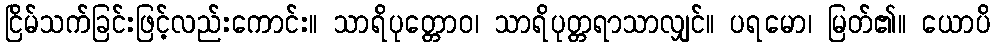
ငြိမ်သက်ခြင်းဖြင့်လည်းကောင်း။ သာရိပုတ္တောဝ၊ သာရိပုတ္တရာသာလျှင်။ ပရမော၊ မြတ်၏။ ယောပိ